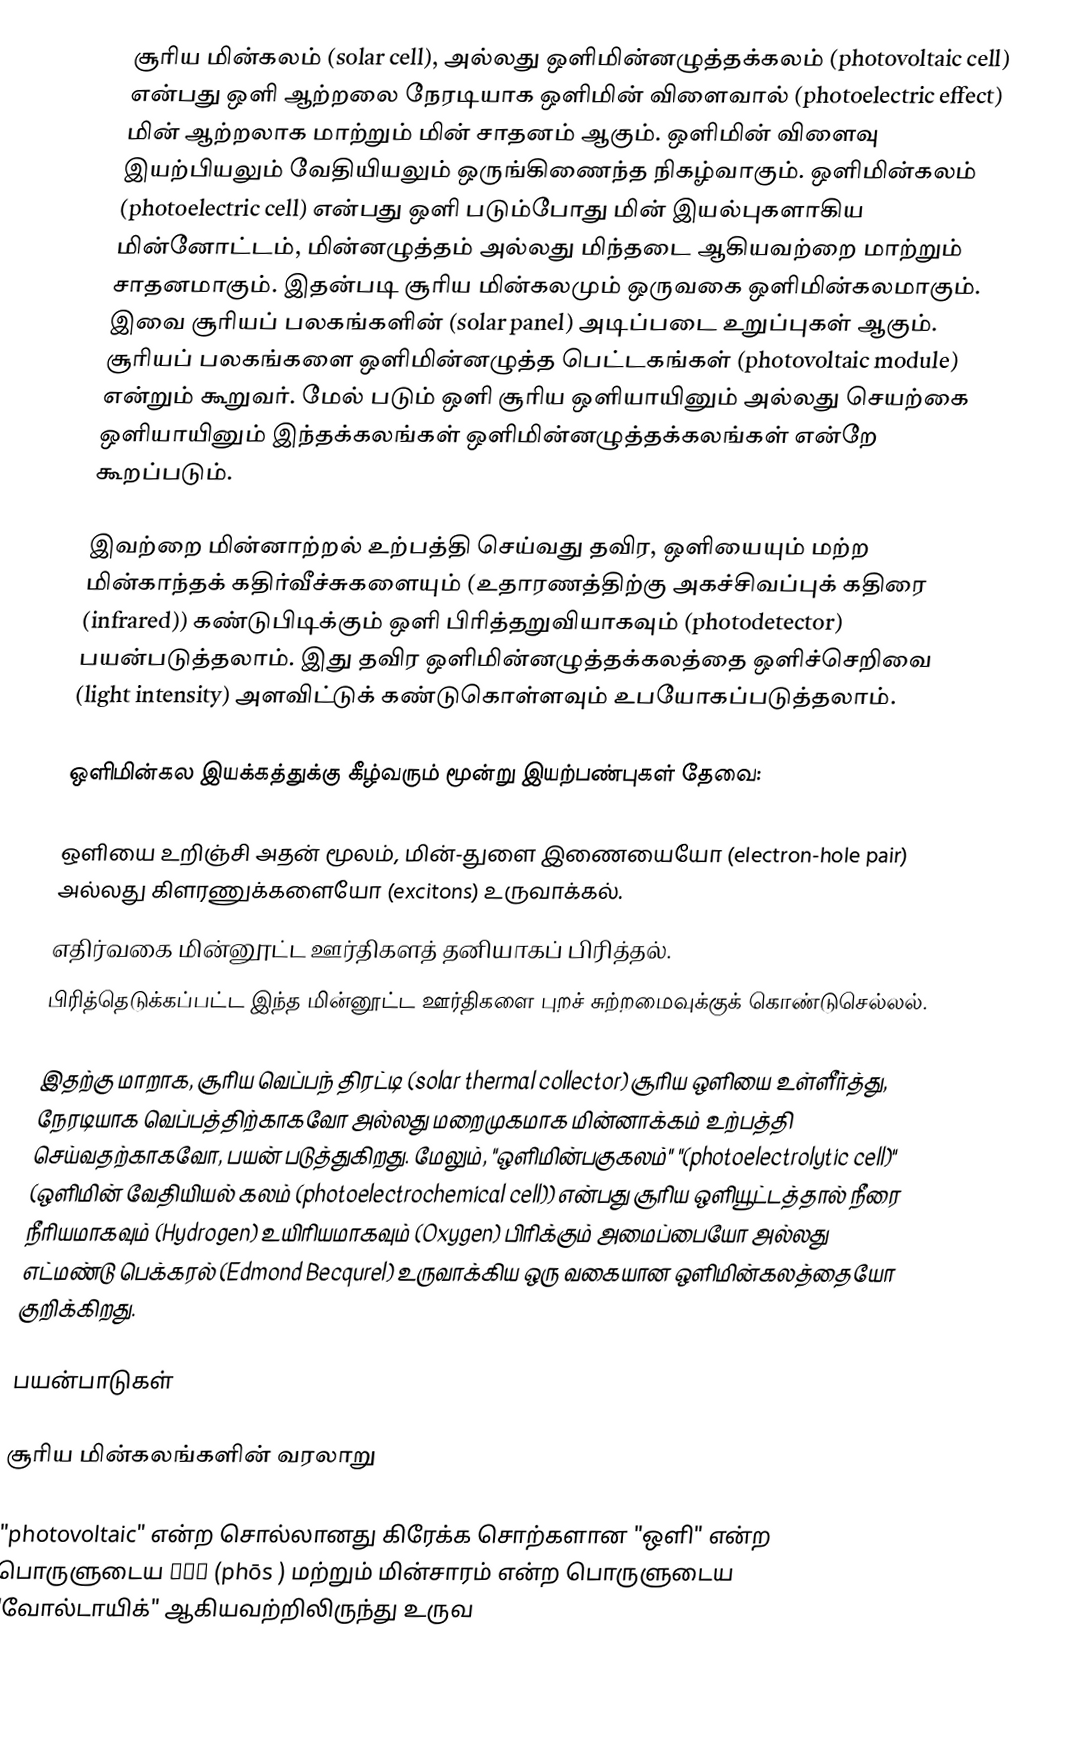
சூரிய மின்கலம் (solar cell), அல்லது ஒளிமின்னழுத்தக்கலம் (photovoltaic cell) என்பது ஒளி ஆற்றலை நேரடியாக ஒளிமின் விளைவால் (photoelectric effect)  மின் ஆற்றலாக மாற்றும் மின் சாதனம் ஆகும். ஒளிமின் விளைவு இயற்பியலும் வேதியியலும் ஒருங்கிணைந்த நிகழ்வாகும்.  ஒளிமின்கலம் (photoelectric cell) என்பது ஒளி படும்போது மின் இயல்புகளாகிய மின்னோட்டம், மின்னழுத்தம் அல்லது மிந்தடை ஆகியவற்றை மாற்றும் சாதனமாகும். இதன்படி சூரிய மின்கலமும் ஒருவகை ஒளிமின்கலமாகும். இவை சூரியப் பலகங்களின்  (solar panel) அடிப்படை உறுப்புகள் ஆகும். சூரியப் பலகங்களை ஒளிமின்னழுத்த பெட்டகங்கள் (photovoltaic module) என்றும் கூறுவர். மேல் படும் ஒளி சூரிய ஒளியாயினும் அல்லது செயற்கை ஒளியாயினும் இந்தக்கலங்கள் ஒளிமின்னழுத்தக்கலங்கள் என்றே கூறப்படும்.

இவற்றை மின்னாற்றல் உற்பத்தி செய்வது தவிர, ஒளியையும் மற்ற மின்காந்தக் கதிர்வீச்சுகளையும் (உதாரணத்திற்கு  அகச்சிவப்புக் கதிரை (infrared)) கண்டுபிடிக்கும் ஒளி பிரித்தறுவியாகவும் (photodetector) பயன்படுத்தலாம். இது தவிர ஒளிமின்னழுத்தக்கலத்தை ஒளிச்செறிவை (light intensity) அளவிட்டுக் கண்டுகொள்ளவும் உபயோகப்படுத்தலாம்.

ஒளிமின்கல இயக்கத்துக்கு கீழ்வரும் மூன்று இயற்பண்புகள் தேவை:

 ஒளியை உறிஞ்சி அதன் மூலம், மின்-துளை இணையையோ (electron-hole pair) அல்லது கிளரணுக்களையோ (excitons) உருவாக்கல்.
 எதிர்வகை மின்னூட்ட ஊர்திகளத் தனியாகப் பிரித்தல்.
பிரித்தெடுக்கப்பட்ட இந்த மின்னூட்ட ஊர்திகளை புறச் சுற்றமைவுக்குக் கொண்டுசெல்லல்.

இதற்கு மாறாக, சூரிய வெப்பந் திரட்டி (solar thermal collector) சூரிய ஒளியை உள்ளீர்த்து, நேரடியாக வெப்பத்திற்காகவோ அல்லது மறைமுகமாக மின்னாக்கம் உற்பத்தி செய்வதற்காகவோ, பயன் படுத்துகிறது. மேலும்,  "ஒளிமின்பகுகலம்" "(photoelectrolytic cell)" (ஒளிமின் வேதியியல் கலம் (photoelectrochemical cell)) என்பது சூரிய ஒளியூட்டத்தால் நீரை நீரியமாகவும் (Hydrogen) உயிரியமாகவும் (Oxygen) பிரிக்கும் அமைப்பையோ அல்லது எட்மண்டு பெக்கரல் (Edmond Becqurel) உருவாக்கிய ஒரு வகையான ஒளிமின்கலத்தையோ குறிக்கிறது.

பயன்பாடுகள்

சூரிய மின்கலங்களின் வரலாறு

"photovoltaic" என்ற சொல்லானது கிரேக்க சொற்களான "ஒளி" என்ற பொருளுடைய φῶς (phōs ) மற்றும் மின்சாரம் என்ற பொருளுடைய "வோல்டாயிக்" ஆகியவற்றிலிருந்து உருவ